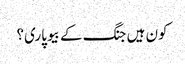
کون ہیں جنگ کے بیوپاری؟